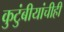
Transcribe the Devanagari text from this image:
कुटुंबीयांचीही